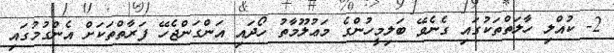
2- ކުއްލި ހާލަތްތަކުގައި ގެނެވޭ ބަލިމީހުންގެ މަޢުލޫމާތު ހޯދައި އަންގަންޖެހޭ ފަރާތްތަކަށް އެންގުމުގައި